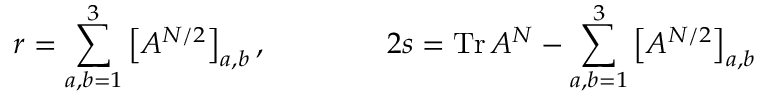
r = \sum _ { a , b = 1 } ^ { 3 } \left[ A ^ { N / 2 } \right] _ { a , b } , \qquad \qquad 2 s = \mathrm { T r } \, A ^ { N } - \sum _ { a , b = 1 } ^ { 3 } \left[ A ^ { N / 2 } \right] _ { a , b }